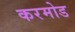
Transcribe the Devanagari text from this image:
करमोड